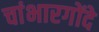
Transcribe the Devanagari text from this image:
चांभारगोंदे